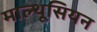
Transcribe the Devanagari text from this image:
माल्थूसियन